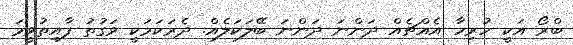
ބްރޯ އަކީ ހުރިހާ އެއްޗެއް ދަންނަ ދަންނަ ބޭލަކަލެއް. ދެރަކަމަކީ ވަގުތު ފާއިތުވީމަ